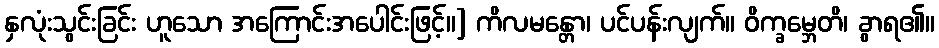
နှလုံးသွင်းခြင်း ဟူသော အကြောင်းအပေါင်းဖြင့်။] ကိလမန္တော၊ ပင်ပန်းလျက်။ ဝိက္ခမ္ဘေတိ၊ ခွာရ၏။